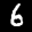
Label: 6